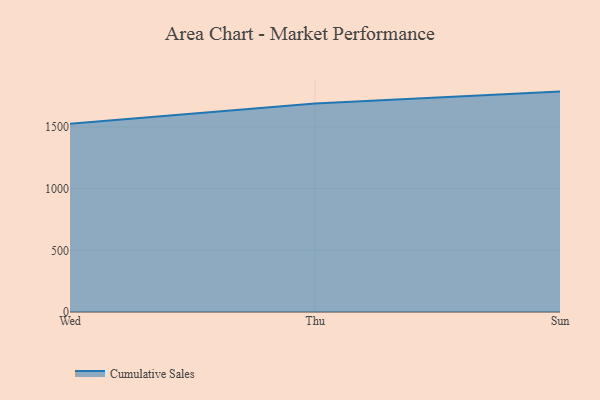
{"axis": {"x": "Day", "y": "Latency (ms)"}, "legend": ["Cumulative Sales"], "data": [{"x": "Wed", "y": 1526.1, "type": "Cumulative Sales"}, {"x": "Thu", "y": 1688.9, "type": "Cumulative Sales"}, {"x": "Sun", "y": 1786.2, "type": "Cumulative Sales"}]}